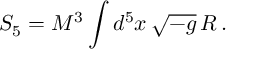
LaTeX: S _ { 5 } = M ^ { 3 } \int d ^ { 5 } x \, \sqrt { - g } \, R \, .